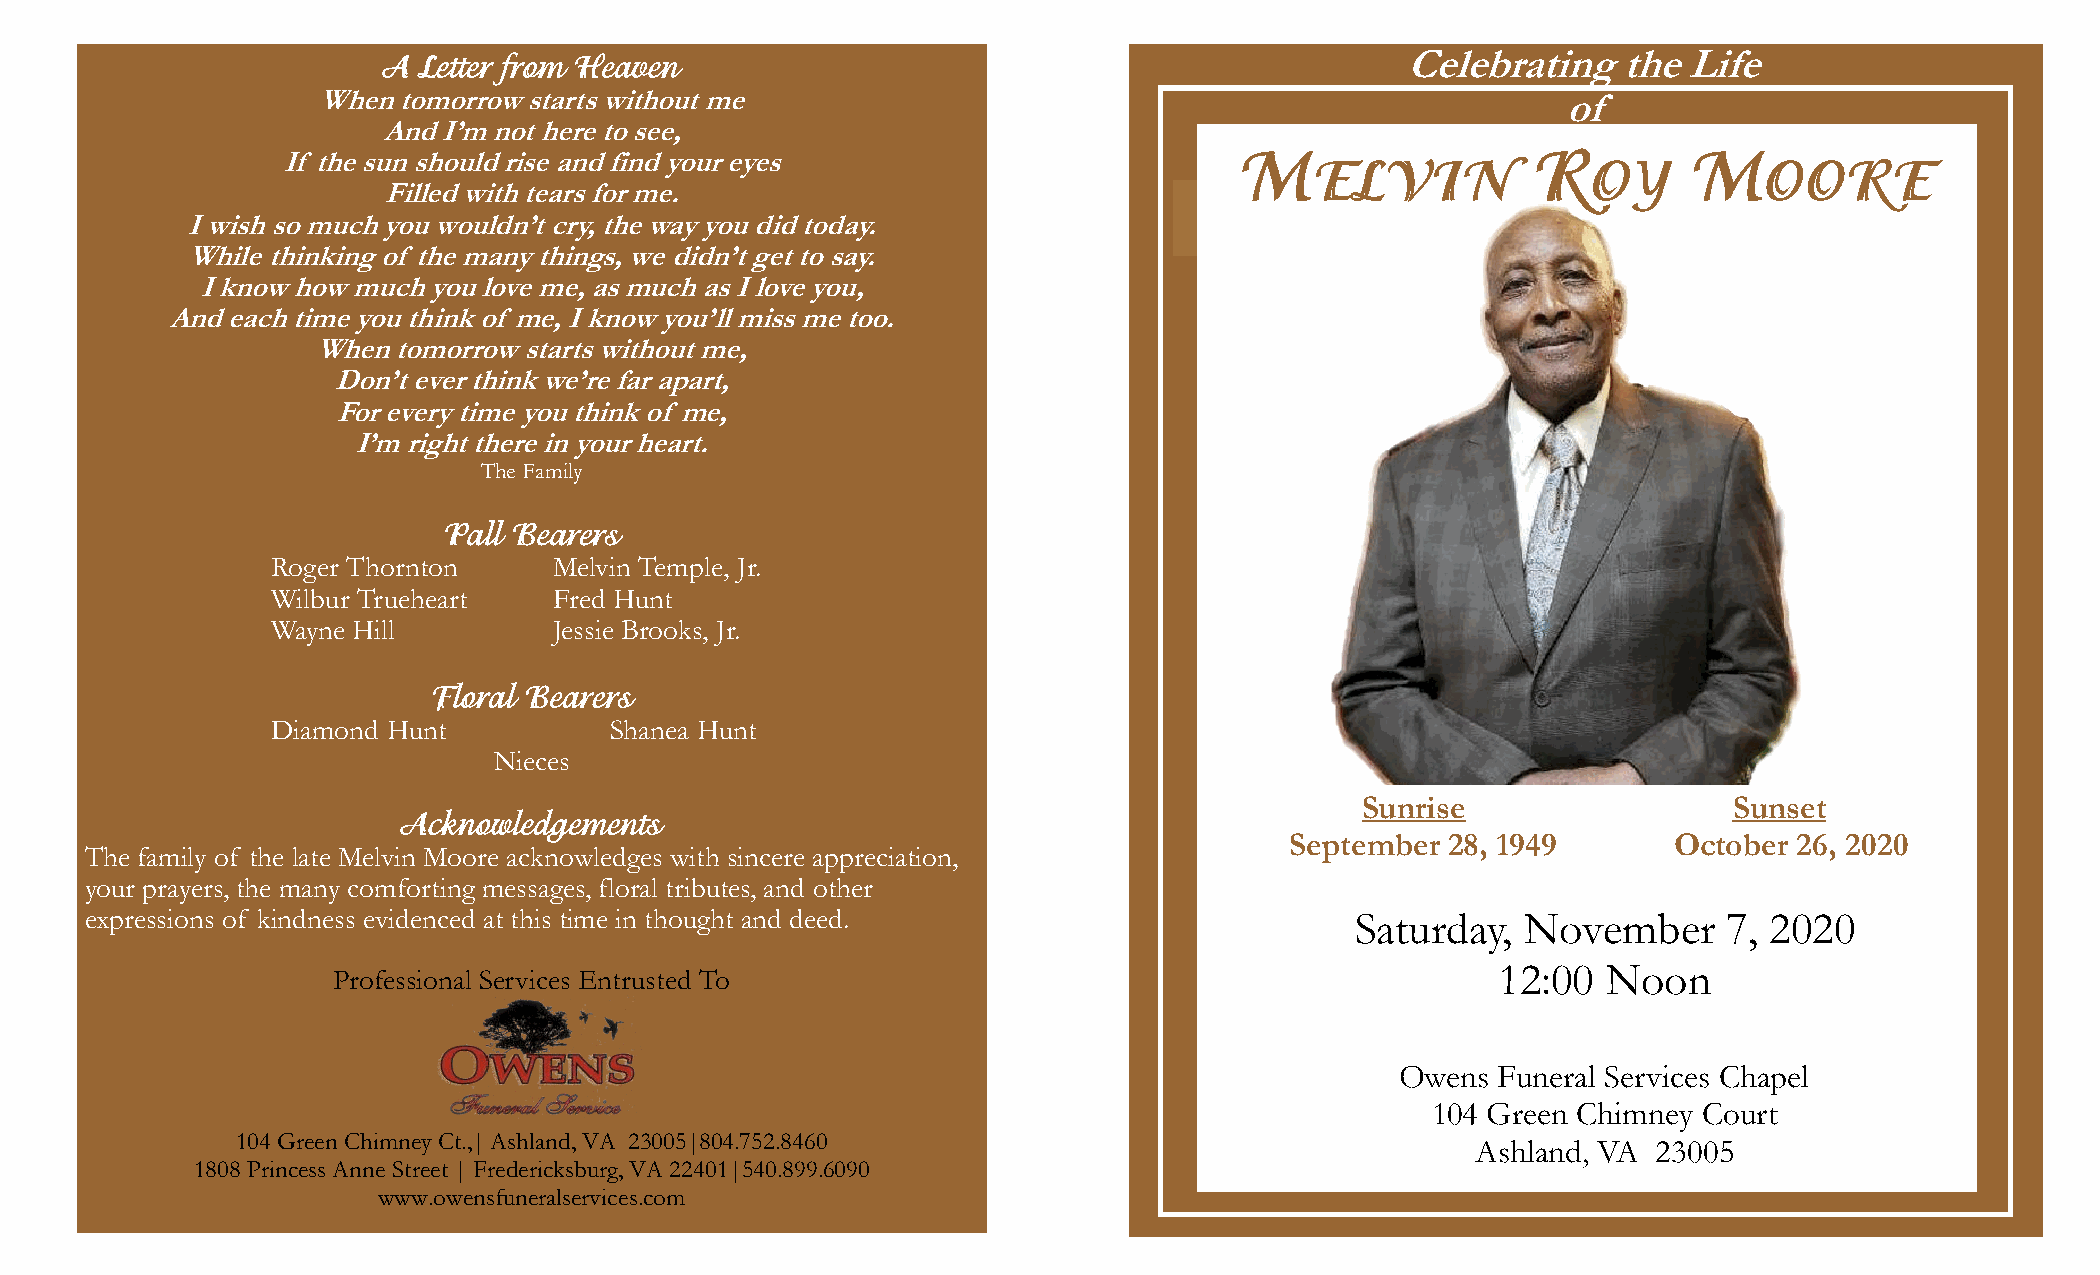
A  Letter from Heaven                                               Celebrating   the  Life
 When tomorrow starts without me                                                    of
 And I’m not here to see,
 M                   R         M
 If the sun should rise and find your eyes                           ELVIN             OY          OORE
 Filled with tears for me.
 I wish so much you wouldn’t cry, the way you did today.
 While thinking of the many things, we didn’t get to say.
 I know how much you love me, as much as I love you,
 And each time you think of me, I know you’ll miss me too.
 When tomorrow starts without me,
 Don’t ever think we’re far apart,
 For every time you think of me,
 I’m right there in your heart.
 The Family
 Pall Bearers
 Roger Thornton     Melvin Temple, Jr.
 Wilbur Trueheart   Fred Hunt
 Wayne Hill         Jessie Brooks, Jr.
 Floral Bearers
 Diamond Hunt          Shanea Hunt
 Nieces
 Sunrise                  Sunset
 Acknowledgements
 September  28, 1949       October 26, 2020
 The family of the late Melvin Moore acknowledges with sincere appreciation,
 your prayers, the many comforting messages, floral tributes, and other
 expressions of kindness evidenced at this time in thought and deed.                 Saturday,  November     7, 2020
 12:00  Noon
 Professional Services Entrusted To
 Owens Funeral Services Chapel
 104 Green Chimney Court
 104 Green Chimney Ct.,| Ashland, VA 23005|804.752.8460
 Ashland, VA 23005
 1808 Princess Anne Street | Fredericksburg, VA 22401|540.899.6090
 www.owensfuneralservices.com